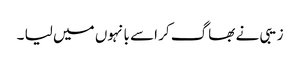
زیبی نے بھاگ کر اسے بانہوں میں لیا ۔